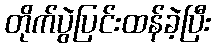
တိုက်ပွဲပြင်းထန်ခဲ့ပြီး